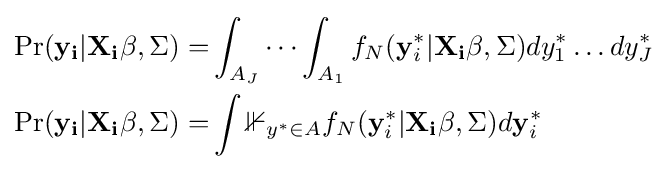
{\begin{aligned}\Pr(\mathbf {y_{i}} |\mathbf {X_{i}\beta } ,\Sigma )=&\int _{A_{J}}\cdots \int _{A_{1}}f_{N}(\mathbf {y} _{i}^{*}|\mathbf {X_{i}\beta } ,\Sigma )dy_{1}^{*}\dots dy_{J}^{*}\\\Pr(\mathbf {y_{i}} |\mathbf {X_{i}\beta } ,\Sigma )=&\int \mathbb {1} _{y^{*}\in A}f_{N}(\mathbf {y} _{i}^{*}|\mathbf {X_{i}\beta } ,\Sigma )d\mathbf {y} _{i}^{*}\end{aligned}}